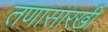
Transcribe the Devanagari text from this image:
तणासारखी